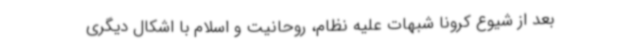
بعد از شیوع کرونا شبهات علیه نظام، روحانیت و اسلام با اشکال دیگری